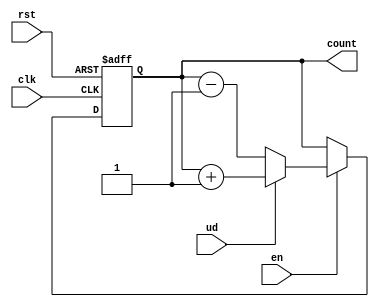
module UpDownCounter (
    input wire clk,        // Clock signal
    input wire rst,        // Asynchronous reset signal
    input wire ud,         // Up/Down control signal
    input wire en,         // Enable signal
    output reg [N-1:0] count // Current count value (N-bit)
);
    parameter N = 4; // Define the bit-width of the counter

    // Asynchronous reset and counting logic
    always @(posedge clk or posedge rst) begin
        if (rst) begin
            count <= 0; // Reset count to 0
        end else if (en) begin
            if (ud) begin
                count <= count + 1; // Increment count
            end else begin
                count <= count - 1; // Decrement count
            end
        end
    end

endmodule